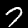
Label: 7